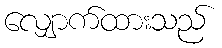
လျှောက်ထားသည်